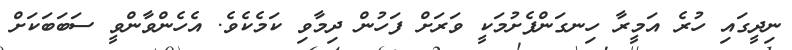
ނިދީގައި ހުރެ އަމީރާ ހިނގަންފެށުމަކީ ވަރަށް ފަހުން ދިމާވި ކަމެކެވެ. އެހެންވާންވީ ސަބަބަކަށް